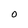
Character: O